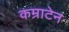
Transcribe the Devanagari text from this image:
कम्राटेन